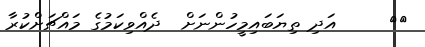
٨٢     އަދި ތިޔަބައިމީހުންނަށް  ދެއްވިކަމުގެ މައްޗަށްކުރާ